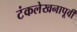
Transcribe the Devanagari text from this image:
टंकलेखनापूर्वी